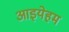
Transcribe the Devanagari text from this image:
आइयेहम